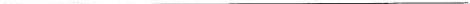
____________________